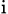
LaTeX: _\mathrm{i}